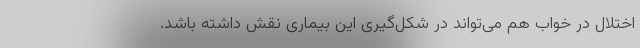
اختلال در خواب هم می‌تواند در شکل‌گیری این بیماری نقش داشته باشد.